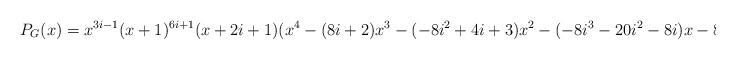
LaTeX: \begin{align*}P_G(x) = x^{3i-1} (x+1)^{6i+1} (x+2i+1)(x^4 -(8i+2)x^3 -(-8i^2+4i+3)x^2 -(-8i^3 -20i^2-8i)x -8i^4-12i^3-4i^2) \end{align*}